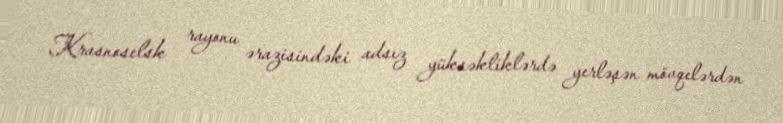
Krasnoselsk rayonu ərazisindəki adsız yüksəkliklərdə yerləşən mövqelərdən